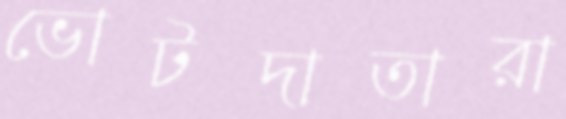
ভোটদাতারা